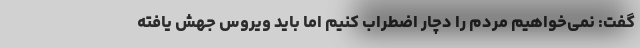
گفت: نمی‌خواهیم مردم را دچار اضطراب کنیم اما باید ویروس جهش یافته